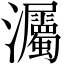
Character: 灟